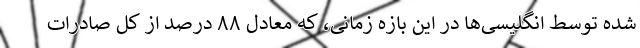
شده توسط انگلیسی‌ها در این بازه زمانی، که معادل ۸۸ درصد از کل صادرات